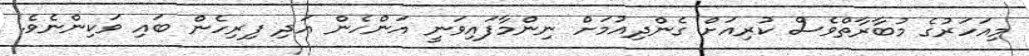
މިއަހަރުގެ މުބާރާތްވެސް ކުރިއަށް ގެންދިއުމަށް ނިންމާފައިވަނީ އަންހެން އަދި ފިރިހެން ބައި ވަކިންނެވެ.